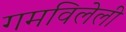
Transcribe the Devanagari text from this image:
गमविलेली